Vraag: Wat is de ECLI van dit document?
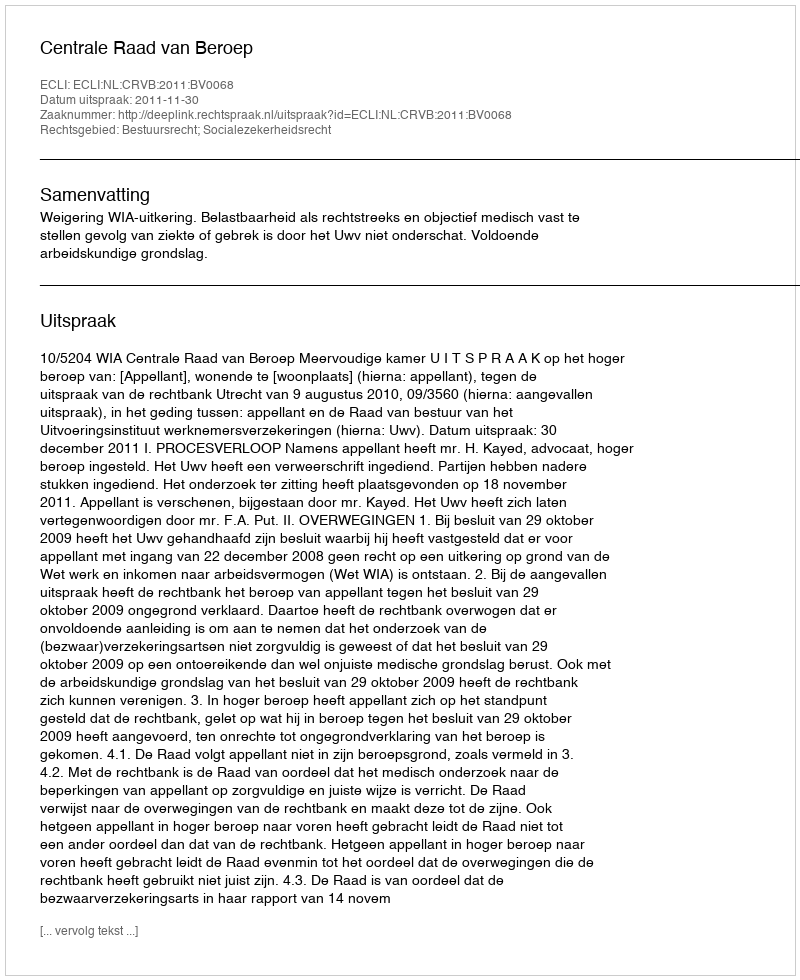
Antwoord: ECLI:NL:CRVB:2011:BV0068